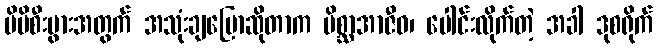
မိမိစီးပွားအတွက် အသုံးချပြောဆိုတာက မိစ္ဆာအာဇီဝ၊ ပေါင်းလိုက်တဲ့ အခါ ဒုစရိုက်